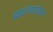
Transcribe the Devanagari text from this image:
ब्रह्मांडाबाहेरचे